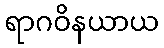
ရာဂဝိနယာယ